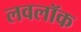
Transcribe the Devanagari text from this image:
लवलॉक